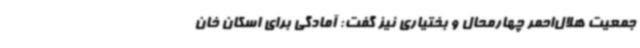
جمعیت هلال‌احمر چهارمحال و بختیاری نیز گفت: آمادگی برای اسکان خان